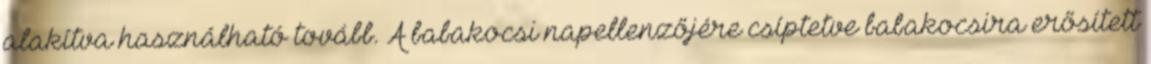
alakítva használható tovább. A babakocsi napellenzőjére csíptetve babakocsira erősített